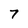
Character: 7